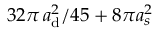
3 2 \pi \, a _ { \mathrm { d } } ^ { 2 } / 4 5 + 8 \pi a _ { s } ^ { 2 }